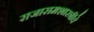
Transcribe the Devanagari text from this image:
राजारामशास्त्रींचे